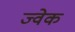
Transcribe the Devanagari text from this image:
ज्वेक